Report on vaccination North-West Frontier Province 1904-1922 - 1904-1922
Year: 1904
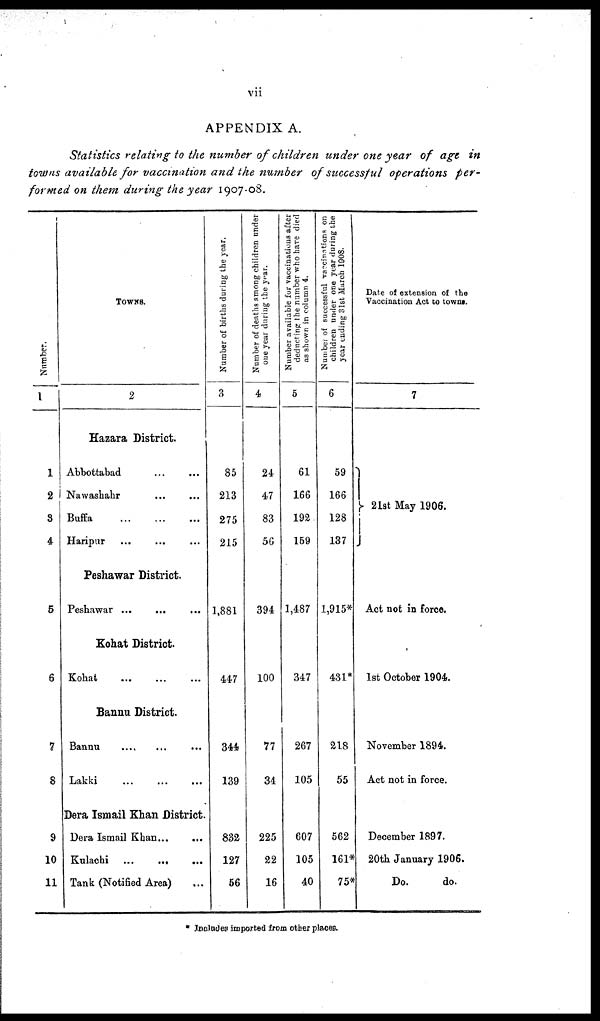
vii
APPENDIX A.
Statistics relating to the number of children under one year of age in
towns available for vaccination and the number of successful operations per-
formed on them during the year 1907-08.
Number.
1
1
2
3
4
5
6
7
8
9
10
11
TOWNS.
2
Hazara District.
Abbottabad ... ...
Nawashahr ... ...
Buffa
...
...
...
Haripur ... ... ...
Peshawar District.
Peshawar ...
Kohat District.
Kohat ... ... ...
Bannu District.
Bannu
...
...
...
Lakki ... ... ...
Dera Ismail Khan District.
Dera Ismail Khan... ...
Kulachi
...
...
...
Tank (Notified Area) ...
Number of births during the year.
3
85
213
275
215
1,881
447
344
139
832
127
56
Number of deaths among children under
one year during the year.
4
24
47
83
56
394
100
77
34
225
22
16
Number available for vaccinations after
deducting the number who have died
as shown in column 4.
5
61
166
192
159
1,487
347
267
105
607
105
40
Number of successful vaccinations on
children under one year during the
year ending 31st March 1908.
6
59
166
128
137
1,915*
431*
218
55
562
161*
75*
Date of extension of the
Vaccination Act to towns.
7
21st May 1906.
Act not in force.
1st October 1904.
November 1894.
Act not in force.
December 1897.
20th January 1906.
Do.
do.
* Includes imported from other places.